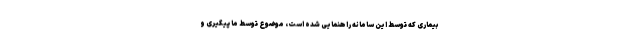
بیماری که توسط این سامانه راهنمایی شده است، موضوع توسط ما پیگیری و